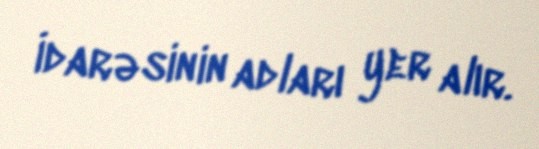
İdarəsinin adları yer alır.